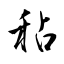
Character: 秥